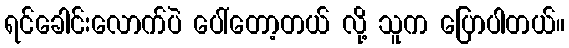
ရင်ခေါင်းလောက်ပဲ ပေါ်တော့တယ် လို့ သူက ပြောပါတယ်။